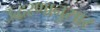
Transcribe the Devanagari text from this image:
उद्धरणानुसार